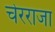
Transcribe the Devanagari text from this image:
चेरराजा